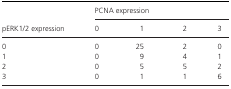
| <ROWSPAN=2> pERK1/2 expression | <COLSPAN=4> PCNA expression |
 | 0 | 1 | 2 | 3 |
 | --- | --- | --- | --- | --- |
 | 0 | 0 | 25 | 2 | 0 |
 | 1 | 0 | 9 | 4 | 1 |
 | 2 | 0 | 5 | 5 | 2 |
 | 3 | 0 | 1 | 1 | 6 |